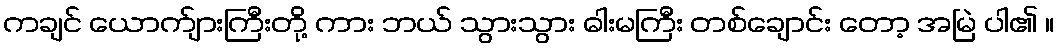
ကချင် ယောက်ျားကြီးတို့ ကား ဘယ် သွားသွား ဓါးမကြီး တစ်ချောင်း တော့ အမြဲ ပါ၏ ။